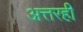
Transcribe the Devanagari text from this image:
अत्तरही